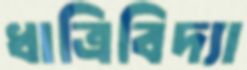
ধাত্রিবিদ্যা